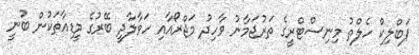
ޕަބްލިކް ހެލްތު މިނިސްޓްރީގެ ތަރުޖަމާނު ވާހިދު މަޖްރޯއާއި ހަވާލާދީ ބޭރުގެ މީޑިއާތަކުން ބުނީ